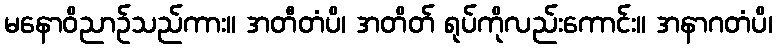
မနောဝိညာဉ်သည်ကား။ အတီတံပိ၊ အတိတ် ရုပ်ကိုလည်းကောင်း။ အနာဂတံပိ၊